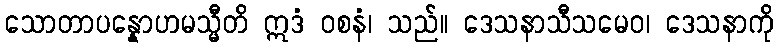
သောတာပန္နောဟမသ္မီတိ ဣဒံ ဝစနံ၊ သည်။ ဒေသနာသီသမေဝ၊ ဒေသနာကို